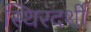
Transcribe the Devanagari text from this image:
स्थिरदर्शी